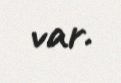
var.